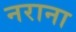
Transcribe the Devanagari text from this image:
नराना